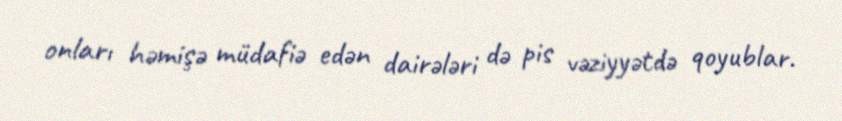
onları həmişə müdafiə edən dairələri də pis vəziyyətdə qoyublar.